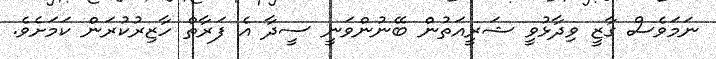
ނަމަވެސް ގާޒީ ވިދާޅުވީ ޝަރީއަތުން ބޭނުންވަނީ ސީދާ އެ ފަރާތް ހާޒިރުކުރަން ކަމަށެވެ.